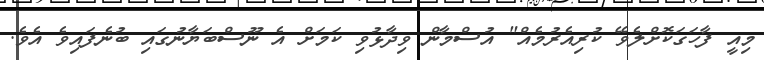
މިއީ ފާހަގަކޮށްލެވޭ ކުރިއެރުމެއް" އުސްމާން ވިދާޅުވި ކަމަށް އެ ނޫސްބަޔާނުގައި ބުނެފައިވެ އެވެ.